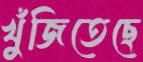
খুঁজিতেছে